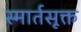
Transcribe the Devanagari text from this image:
स्मार्तसूक्त